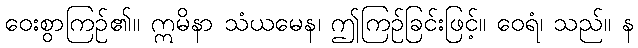
ဝေးစွာကြဉ်၏။ ဣမိနာ သံယမေန၊ ဤကြဉ်ခြင်းဖြင့်။ ဝေရံ၊ သည်။ န